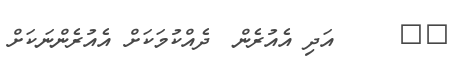
٣٦     އަދި އެއުރެން  ދެއްކުމަކަށް އެއުރެންނަކަށް